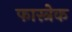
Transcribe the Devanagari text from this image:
फास्त्रेक